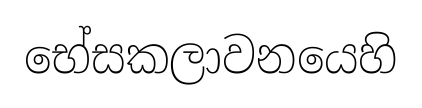
භේසකලාවනයෙහි